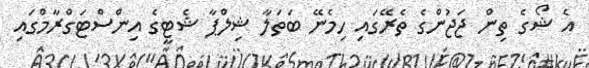
އެ ޝޯގެ ތިން ޖަޖުންގެ ތެރޭގައި ހިމެނޭ ބަތަލާ ޝިލްޕާ ޝެޓީގެ އިންސްޓަގްރާމްގައި